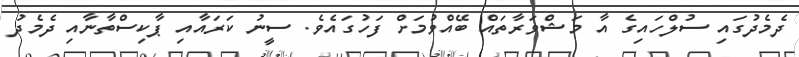
ދެމެދުގައި ސުލްހައިގެ އާ މަޝްވަރާތައް ބޭއްވުމަށް ފަހުގައެވެ. ސީނު ކަރައާއި ޕާކިސްތާނާއި ދެމެދު